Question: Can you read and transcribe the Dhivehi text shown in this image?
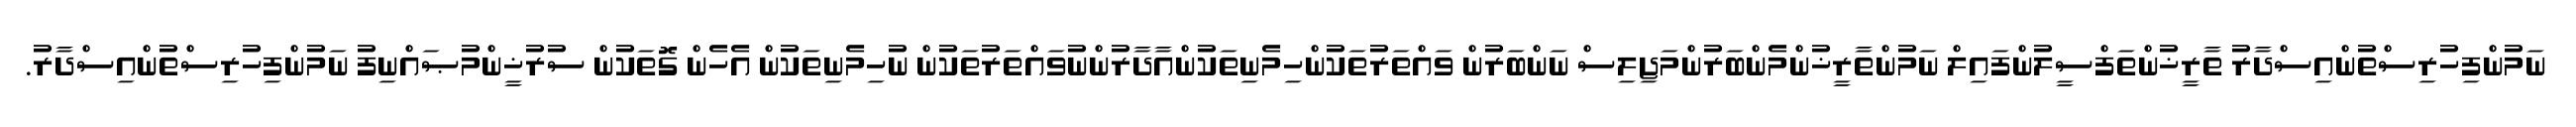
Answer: ނަމުންފިހުރިސްތުންއިސްދާރު ތާރީޚުންތަފްސީލުންފައިލް ނަމުންތާރީޚުންމެންބަރުންމަޖިލިސް ނަންބަރުން ވައްތަރުތަކުންހިމެނިތަކުންއާދާރުންނުވައްތަރުތަކުން ނުހިމެނިތަކުން އެހެން ގޮތަކުން ސުރުޚީންމުޞައްނިފު ނަމުންފިހުރިސްތުންއިސްދާރު.